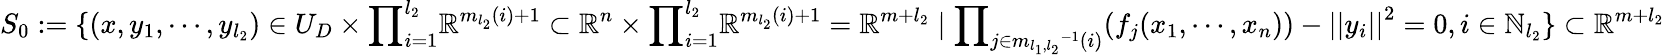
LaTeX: S_{0}:=\{ (x,y_{1},\cdots,y_{l_{2}})\in U_{D}\times{\prod}_{i=1}^{l_{2}}{\mathbb{R}}^{m_{l_{2}}(i)+1}\subset{\mathbb{R}}^{n}\times{\prod}_{i=1}^{l_{2}}{\mathbb{R}}^{m_{l_{2}}(i)+1}={\mathbb{R}}^{m+l_{2}}\mid{\prod}_{j\in{m_{l_{1},l_{2}}}^{-1}(i)}(f_{j}(x_{1},\cdots,x_{n}))-{||y_{i}||}^{2}=0,i\in{\mathbb{N}}_{l_{2}}\} \subset{\mathbb{R}}^{m+l_{2}}